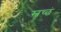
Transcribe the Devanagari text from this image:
स्वच्छं